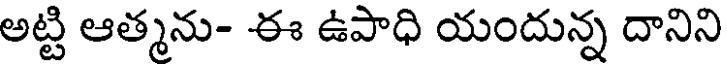
అట్టి ఆత్మను- ఈ ఉపాధి యందున్న దానిని